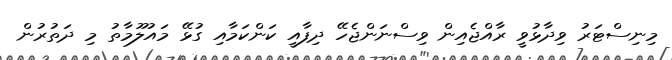
މިނިސްޓަރު ވިދާޅުވީ ރާއްޖެއިން ވިސްނަންޖެހޭ ދިފާއީ ކަންކަމާއި ގުޅޭ މައުލޫމާތު މި ދަތުރުން